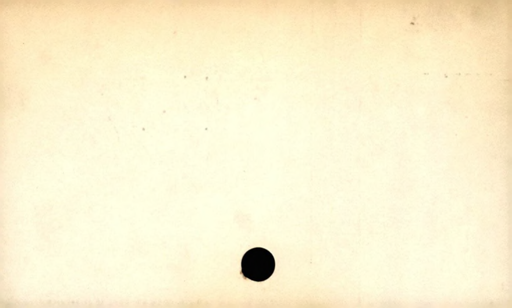
Label: blank